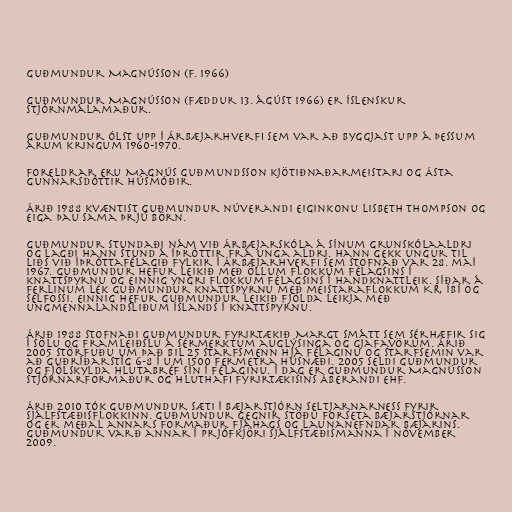
Guðmundur Magnússon (f. 1966)

Guðmundur Magnússon (fæddur 13. ágúst 1966) er íslenskur
stjórnmálamaður.

Guðmundur ólst upp í Árbæjarhverfi sem var að byggjast upp á þessum
árum kringum 1960-1970.

Foreldrar eru Magnús Guðmundsson kjötiðnaðarmeistari og Ásta
Gunnarsdóttir húsmóðir.

Árið 1988 kvæntist Guðmundur núverandi eiginkonu Lisbeth Thompson og
eiga þau sama þrjú börn.

Guðmundur stundaði nám við Árbæjarskóla á sínum grunskólaaldri
og lagði hann stund á íþróttir frá unga aldri. Hann gekk ungur til
liðs við Íþróttafélagið Fylkir í Árbæjarhverfi sem stofnað var 28. maí
1967. Guðmundur hefur leikið með öllum flokkum félagsins í
knattspyrnu og einnig yngri flokkum félagsins í handknattleik. Síðar á
ferlinum lék Guðmundur knattspyrnu með meistaraflokkum KR, ÍBÍ og
Selfossi. Einnig hefur Guðmundur leikið fjölda leikja með
ungmennalandsliðum Íslands í knattspyrnu.

Árið 1988 stofnaði Guðmundur fyrirtækið Margt smátt sem sérhæfir sig
í sölu og framleiðslu á sérmerktum auglýsinga og gjafavörum. Árið
2005 störfuðu um það bil 25 starfsmenn hjá félaginu og starfsemin var
að Guðríðarstíg 6-8 í um 1500 fermetra húsnæði. 2005 seldi Guðmundur
og fjölskylda hlutabréf sín í félaginu. Í dag er Guðmundur Magnússon
stjórnarformaður og hluthafi fyrirtækisins Áberandi ehf.

Árið 2010 tók Guðmundur sæti í bæjarstjórn Seltjarnarness fyrir
Sjálfstæðisflokkinn. Guðmundur gegnir stöðu forseta bæjarstjórnar
og er meðal annars formaður fjáhags og launanefndar bæjarins.
Guðmundur varð annar í prjófkjöri Sjálfstæðismanna í nóvember
2009.